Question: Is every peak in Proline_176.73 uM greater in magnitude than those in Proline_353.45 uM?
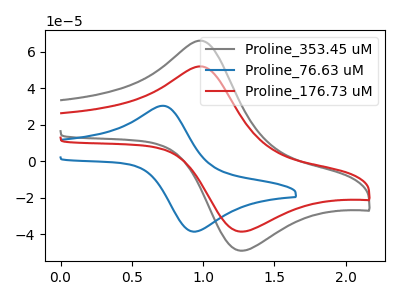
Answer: <think>The gray curve "Proline_353.45 uM" has an anodic peak at (1.00V, 65.95uA) and a cathodic peak at (1.25V, -48.95uA). The blue curve "Proline_76.63 uM" has an anodic peak at (0.70V, 30.35uA) and a cathodic peak at (0.95V, -38.45uA). The red curve "Proline_176.73 uM" has an anodic peak at (1.00V, 51.85uA) and a cathodic peak at (1.25V, -38.50uA).</think>
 <answer>Every peak in "Proline_176.73 uM" is lower than every peak in "Proline_353.45 uM".</answer>
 <eval>lower</eval>